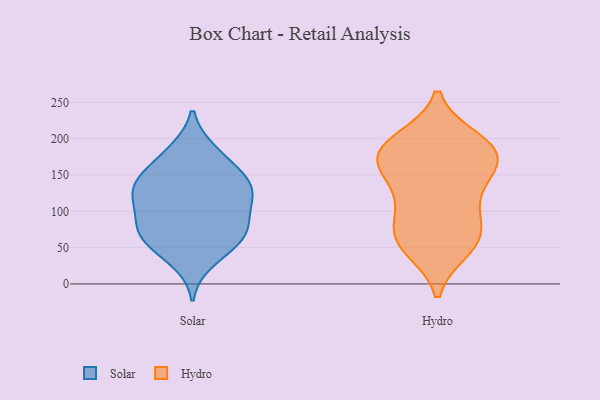
{"axis": {"x": "Gross Profit (USD K)", "y": "Value"}, "legend": ["Hydro", "Solar"], "data": [{"x": "", "y": 119, "type": "Solar"}, {"x": "", "y": 97, "type": "Solar"}, {"x": "", "y": 182, "type": "Solar"}, {"x": "", "y": 122, "type": "Solar"}, {"x": "", "y": 31, "type": "Solar"}, {"x": "", "y": 61, "type": "Solar"}, {"x": "", "y": 48, "type": "Solar"}, {"x": "", "y": 144, "type": "Solar"}, {"x": "", "y": 129, "type": "Solar"}, {"x": "", "y": 71, "type": "Solar"}, {"x": "", "y": 148, "type": "Solar"}, {"x": "", "y": 154, "type": "Solar"}, {"x": "", "y": 78, "type": "Solar"}, {"x": "", "y": 64, "type": "Solar"}, {"x": "", "y": 136, "type": "Solar"}, {"x": "", "y": 184, "type": "Solar"}, {"x": "", "y": 79, "type": "Solar"}, {"x": "", "y": 109, "type": "Solar"}, {"x": "", "y": 49, "type": "Hydro"}, {"x": "", "y": 159, "type": "Hydro"}, {"x": "", "y": 87, "type": "Hydro"}, {"x": "", "y": 57, "type": "Hydro"}, {"x": "", "y": 182, "type": "Hydro"}, {"x": "", "y": 157, "type": "Hydro"}, {"x": "", "y": 136, "type": "Hydro"}, {"x": "", "y": 192, "type": "Hydro"}, {"x": "", "y": 58, "type": "Hydro"}, {"x": "", "y": 186, "type": "Hydro"}, {"x": "", "y": 170, "type": "Hydro"}, {"x": "", "y": 63, "type": "Hydro"}, {"x": "", "y": 184, "type": "Hydro"}, {"x": "", "y": 93, "type": "Hydro"}, {"x": "", "y": 198, "type": "Hydro"}, {"x": "", "y": 120, "type": "Hydro"}]}